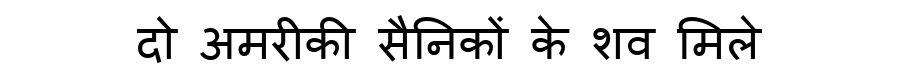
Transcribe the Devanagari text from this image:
दो अमरीकी सैनिकों के शव मिले